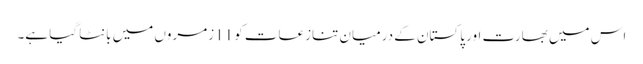
اس میں بھارت اور پاکستان کے درمیان تنازعات کو 11زمروں میں بانٹا گیا ہے۔